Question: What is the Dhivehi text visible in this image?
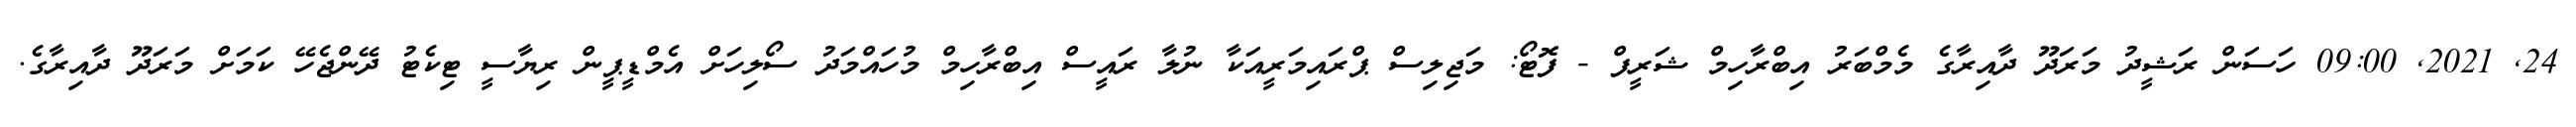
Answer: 24, 2021, 09:00 ހަސަން ރަޝީދު މަރަދޫ ދާއިރާގެ މެމްބަރު އިބްރާހިމް ޝަރީފް - ފޮޓޯ: މަޖިލިސް ޕްރައިމަރީއަކާ ނުލާ ރައީސް އިބްރާހިމް މުހައްމަދު ސޯލިހަށް އެމްޑީޕީން ރިޔާސީ ޓިކެޓު ދޭންޖެހޭ ކަމަށް މަރަދޫ ދާއިރާގެ.